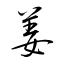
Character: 姜